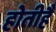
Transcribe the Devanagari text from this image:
होतीहै